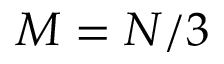
M = N / 3